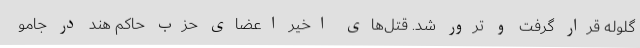
گلوله قرار گرفت و ترور شد. قتل‌های اخیر اعضای حزب حاکم هند در جامو